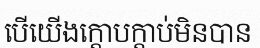
បើយើងក្តោបក្តាប់មិនបាន